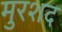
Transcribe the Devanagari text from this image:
मुरशद